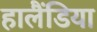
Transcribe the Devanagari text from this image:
हालैंडिया